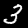
Digit: 3